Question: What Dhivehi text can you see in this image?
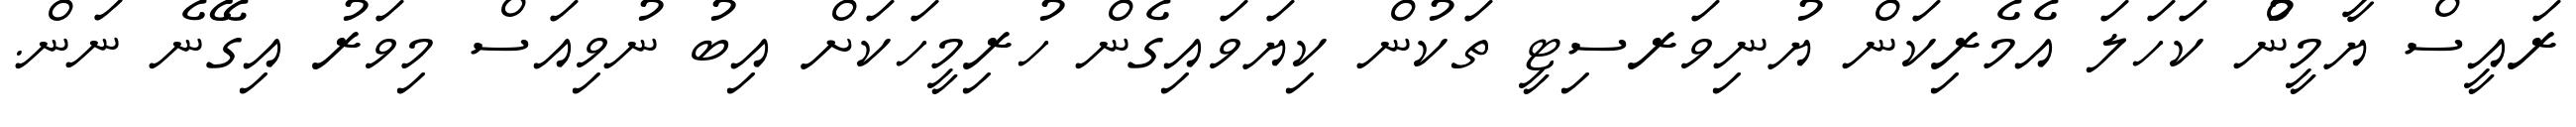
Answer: ރައީސް ޔާމީނުް ކަހަލަ އެމެރިކަން ޔުނިވަރސިޓީ ތަކުން ކިޔަވައިގެން ހުރިމީހަކަށް އިބު ނުވިއަސް މިވަރު އިގޭނެ ނަން.